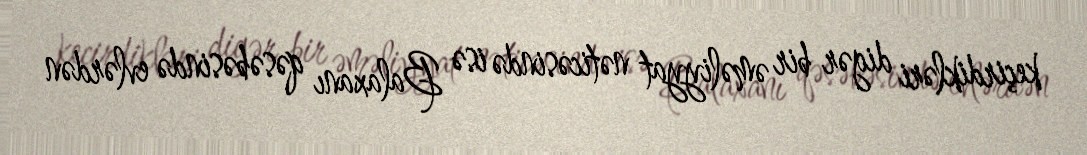
keçirdikləri digər bir əməliyyat nəticəsində isə Balaxanı qəsəbəsində evlərdən